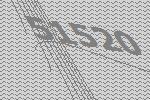
51520